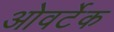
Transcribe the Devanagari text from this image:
ओवर्टेक